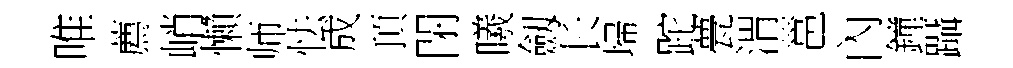
唯薦峭懶师怯成頂閉曦劔长埽跎甍渭邕內鐘躡